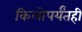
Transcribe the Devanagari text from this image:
किलोपर्यंतही